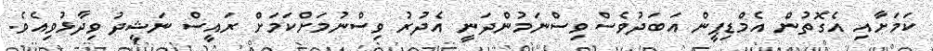
ކަމަށާއި އެގޮތުން އެމްޑިޕީން އަބަދުވެސް ވިސްނަމުންދަނީ އެދުރު ވިސްނުމަށްކަމަށް ރައީސް ނަޝީދު ވިދާޅުވިއެވެ.